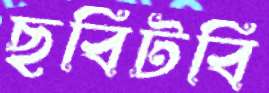
ছবিটবি